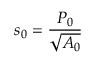
s _ { 0 } = \frac { P _ { 0 } } { \sqrt { A _ { 0 } } }